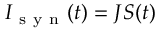
I _ { \mathrm { ~ s ~ y ~ n ~ } } ( t ) = J S ( t )